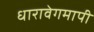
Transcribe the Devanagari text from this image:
धारावेगमापी